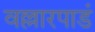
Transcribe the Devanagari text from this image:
वल्लारपाडं